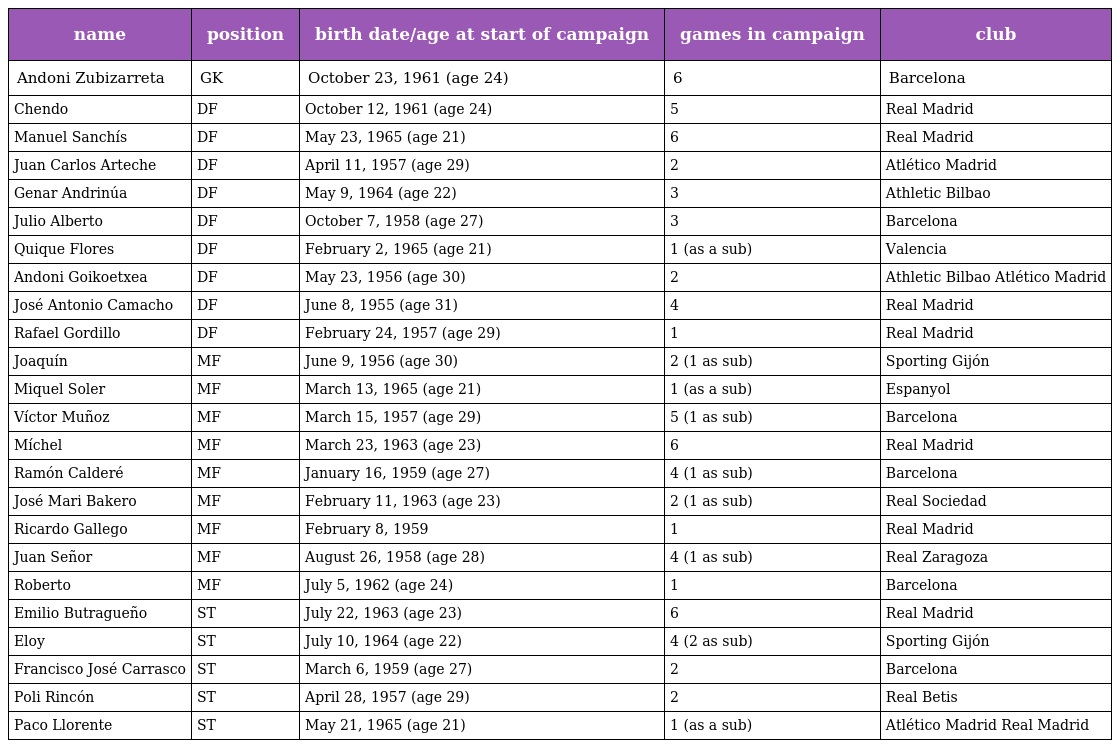
| name | position | birth date/age at start of campaign | games in campaign | club |
 | --- | --- | --- | --- | --- |
 | Andoni Zubizarreta | GK | October 23, 1961 (age 24) | 6 | Barcelona |
 | Chendo | DF | October 12, 1961 (age 24) | 5 | Real Madrid |
 | Manuel Sanchís | DF | May 23, 1965 (age 21) | 6 | Real Madrid |
 | Juan Carlos Arteche | DF | April 11, 1957 (age 29) | 2 | Atlético Madrid |
 | Genar Andrinúa | DF | May 9, 1964 (age 22) | 3 | Athletic Bilbao |
 | Julio Alberto | DF | October 7, 1958 (age 27) | 3 | Barcelona |
 | Quique Flores | DF | February 2, 1965 (age 21) | 1 (as a sub) | Valencia |
 | Andoni Goikoetxea | DF | May 23, 1956 (age 30) | 2 | Athletic Bilbao Atlético Madrid |
 | José Antonio Camacho | DF | June 8, 1955 (age 31) | 4 | Real Madrid |
 | Rafael Gordillo | DF | February 24, 1957 (age 29) | 1 | Real Madrid |
 | Joaquín | MF | June 9, 1956 (age 30) | 2 (1 as sub) | Sporting Gijón |
 | Miquel Soler | MF | March 13, 1965 (age 21) | 1 (as a sub) | Espanyol |
 | Víctor Muñoz | MF | March 15, 1957 (age 29) | 5 (1 as sub) | Barcelona |
 | Míchel | MF | March 23, 1963 (age 23) | 6 | Real Madrid |
 | Ramón Calderé | MF | January 16, 1959 (age 27) | 4 (1 as sub) | Barcelona |
 | José Mari Bakero | MF | February 11, 1963 (age 23) | 2 (1 as sub) | Real Sociedad |
 | Ricardo Gallego | MF | February 8, 1959 | 1 | Real Madrid |
 | Juan Señor | MF | August 26, 1958 (age 28) | 4 (1 as sub) | Real Zaragoza |
 | Roberto | MF | July 5, 1962 (age 24) | 1 | Barcelona |
 | Emilio Butragueño | ST | July 22, 1963 (age 23) | 6 | Real Madrid |
 | Eloy | ST | July 10, 1964 (age 22) | 4 (2 as sub) | Sporting Gijón |
 | Francisco José Carrasco | ST | March 6, 1959 (age 27) | 2 | Barcelona |
 | Poli Rincón | ST | April 28, 1957 (age 29) | 2 | Real Betis |
 | Paco Llorente | ST | May 21, 1965 (age 21) | 1 (as a sub) | Atlético Madrid Real Madrid |